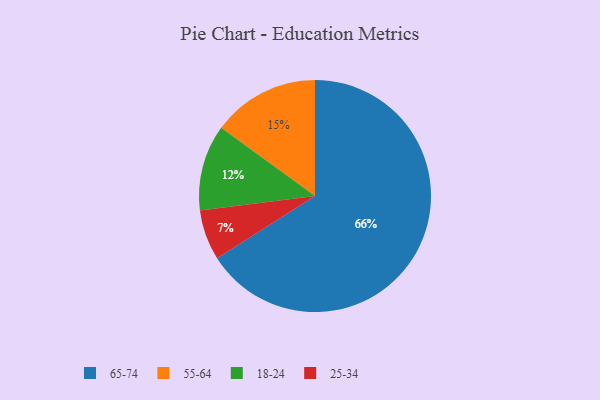
{"axis": {"x": "Category", "y": "Percentage"}, "legend": ["18-24", "25-34", "55-64", "65-74"], "data": [{"x": "18-24", "y": 12, "type": "18-24"}, {"x": "25-34", "y": 7, "type": "25-34"}, {"x": "55-64", "y": 15, "type": "55-64"}, {"x": "65-74", "y": 66, "type": "65-74"}]}